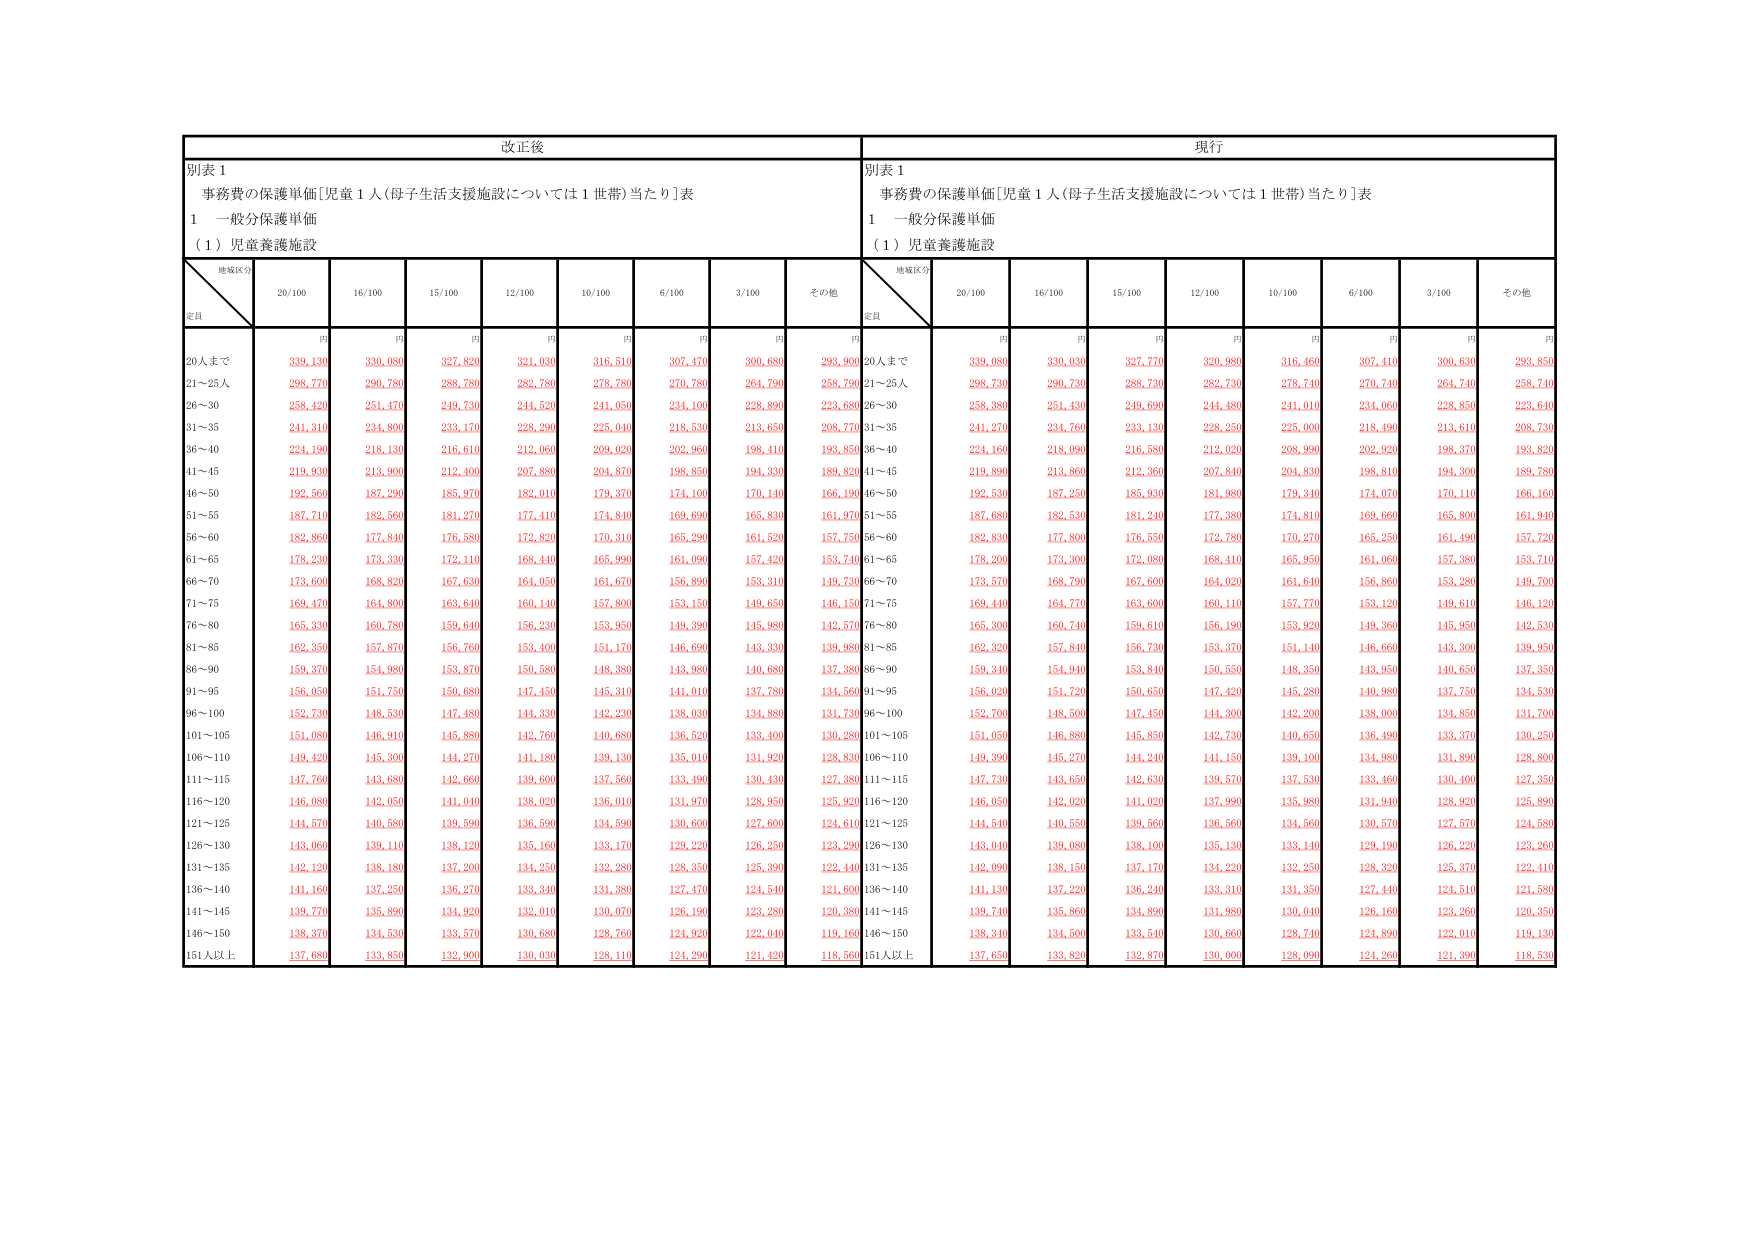
改正後
別表１
事務費の保護単価［児童１人（母子生活支援施設については１世帯）当たり］表
１ 一般分保護単価
（１）児童養護施設
地域区分
定員
20/100
16/100
15/100
12/100
10/100
6/100
3/100
その他
円
円
円
円
円
円
円
円
20人まで
339,130
330,080
327,820
321,030
316,510
307,470
300,680
293,900
21～25人
298,770
290,780
288,780
282,780
278,780
270,780
264,790
258,790
26～30
258,420
251,470
249,730
244,520
241,050
234,100
228,890
223,680
31～35
241,310
234,800
233,170
228,290
225,040
218,530
213,650
208,770
36～40
224,190
218,130
216,610
212,060
209,020
202,960
198,410
193,850
41～45
219,930
213,900
212,400
207,880
204,870
198,850
194,330
189,820
46～50
192,560
187,290
185,970
182,010
179,370
174,100
170,140
166,190
51～55
187,710
182,560
181,270
177,410
174,840
169,690
165,830
161,970
56～60
182,860
177,840
176,580
172,820
170,310
165,290
161,520
157,750
61～65
178,230
173,330
172,110
168,440
165,990
161,090
157,420
153,740
66～70
173,600
168,820
167,630
164,050
161,670
156,890
153,310
149,730
71～75
169,470
164,800
163,640
160,140
157,800
153,150
149,650
146,150
76～80
165,330
160,780
159,640
156,230
153,950
149,390
145,980
142,570
81～85
162,350
157,870
156,760
153,400
151,170
146,690
143,330
139,980
86～90
159,370
154,980
153,870
150,580
148,380
143,980
140,680
137,380
91～95
156,050
151,750
150,680
147,450
145,310
141,010
137,780
134,560
96～100
152,730
148,530
147,480
144,330
142,230
138,030
134,880
131,730
101～105
151,080
146,910
145,880
142,760
140,680
136,520
133,400
130,280
106～110
149,420
145,300
144,270
141,180
139,130
135,010
131,920
128,830
111～115
147,760
143,680
142,660
139,600
137,560
133,490
130,430
127,380
116～120
146,080
142,050
141,040
138,020
136,010
131,970
128,950
125,920
121～125
144,570
140,580
139,590
136,590
134,590
130,600
127,600
124,610
126～130
143,060
139,110
138,120
135,160
133,170
129,220
126,250
123,290
131～135
142,120
138,180
137,200
134,250
132,280
128,350
125,390
122,440
136～140
141,160
137,250
136,270
133,340
131,380
127,470
124,540
121,600
141～145
139,770
135,890
134,920
132,010
130,070
126,190
123,280
120,380
146～150
138,370
134,530
133,570
130,680
128,760
124,920
122,040
119,160
151人以上
137,680
133,850
132,900
130,030
128,110
124,290
121,420
118,560

現行
別表１
事務費の保護単価［児童１人（母子生活支援施設については１世帯）当たり］表
１ 一般分保護単価
（１）児童養護施設
地域区分
定員
20/100
16/100
15/100
12/100
10/100
6/100
3/100
その他
円
円
円
円
円
円
円
円
20人まで
339,080
330,030
327,770
320,980
316,460
307,410
300,630
293,850
21～25人
298,730
290,730
288,730
282,730
278,740
270,740
264,740
258,740
26～30
258,380
251,430
249,690
244,480
241,010
234,060
228,850
223,640
31～35
241,270
234,760
233,130
228,250
225,000
218,490
213,610
208,730
36～40
224,160
218,090
216,580
212,020
208,990
202,920
198,370
193,820
41～45
219,890
213,860
212,360
207,840
204,830
198,810
194,300
189,780
46～50
192,530
187,250
185,930
181,980
179,340
174,070
170,110
166,160
51～55
187,680
182,530
181,240
177,380
174,810
169,660
165,800
161,940
56～60
182,830
177,800
176,550
172,780
170,270
165,250
161,490
157,720
61～65
178,200
173,300
172,080
168,410
165,950
161,060
157,380
153,710
66～70
173,570
168,790
167,600
164,020
161,640
156,860
153,280
149,700
71～75
169,440
164,770
163,600
160,110
157,770
153,120
149,610
146,120
76～80
165,300
160,740
159,610
156,190
153,920
149,360
145,950
142,530
81～85
162,320
157,840
156,730
153,370
151,140
146,660
143,300
139,950
86～90
159,340
154,940
153,840
150,550
148,350
143,950
140,650
137,350
91～95
156,020
151,720
150,650
147,420
145,280
140,980
137,750
134,530
96～100
152,700
148,500
147,450
144,300
142,200
138,000
134,850
131,700
101～105
151,050
146,880
145,850
142,730
140,650
136,490
133,370
130,250
106～110
149,390
145,270
144,240
141,150
139,100
134,980
131,890
128,800
111～115
147,730
143,650
142,630
139,570
137,530
133,460
130,400
127,350
116～120
146,050
142,020
141,020
137,990
135,980
131,940
128,920
125,890
121～125
144,540
140,550
139,560
136,560
134,560
130,570
127,570
124,580
126～130
143,040
139,080
138,100
135,130
133,140
129,190
126,220
123,260
131～135
142,090
138,150
137,170
134,220
132,250
128,320
125,370
122,410
136～140
141,130
137,220
136,240
133,310
131,350
127,440
124,510
121,580
141～145
139,740
135,860
134,890
131,880
130,040
126,160
123,260
120,350
146～150
138,340
134,500
133,540
130,660
128,740
124,890
122,010
119,130
151人以上
137,650
133,820
132,870
130,000
128,090
124,260
121,390
118,530